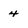
Character: 4